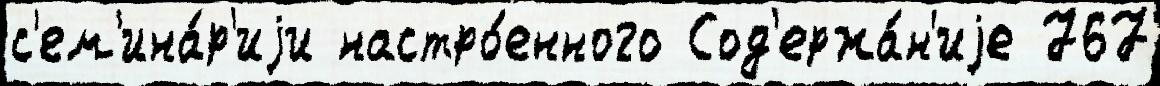
с'ем'ина́р'иjи настро́енного Сод'ержа́н'иjе 767